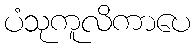
ပံသုကူလိကာပေ